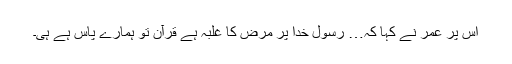
اس پر عمر نے کہا کہ… رسول خدا پر مرض کا غلبہ ہے قرآن تو ہمارے پاس ہے ہی۔